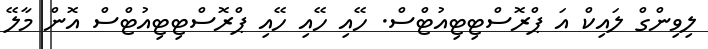
ލިވިންގް ލައިކް އަ ޕްރޮސްޓިޓިއުޓްސް. ހޭއި ހޭއި ހޭއި ޕްރޮސްޓިޓިއުޓްސް އޮން މާލޭ